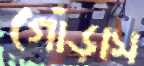
গোঁড়াস